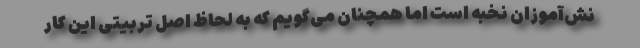
نش‌آموزان نخبه است اما همچنان می‌گویم که به لحاظ اصل تربیتی این کار